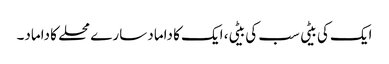
ایک کی بیٹی سب کی بیٹی، ایک کا داماد سارے محلے کا داماد۔